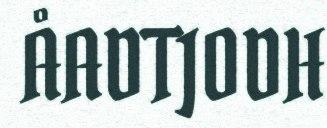
ÅADTJODH